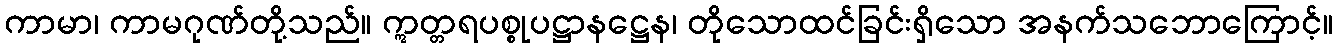
ကာမာ၊ ကာမဂုဏ်တို့သည်။ ဣတ္တရပစ္စုပဋ္ဌာနဋ္ဌေန၊ တိုသောထင်ခြင်းရှိသော အနက်သဘောကြောင့်။